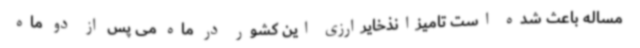
مساله باعث شده است تامیزانذخایرارزی این کشور در ماه می پس از دو ماه